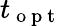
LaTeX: t_{\mathrm{~o~p~t~}}